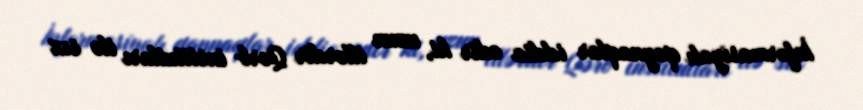
İnformasiyalı qaynaqlar iddia edir ki, uzun illərdir Qərb institutları ilə sıx